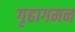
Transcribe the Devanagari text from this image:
गृहागमन